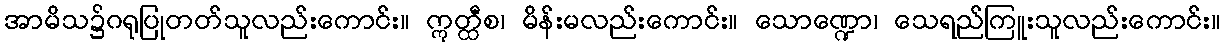
အာမိသ၌ဂရုပြုတတ်သူလည်းကောင်း။ ဣတ္ထီစ၊ မိန်းမလည်းကောင်း။ သောဏ္ဍော၊ သေရည်ကြူးသူလည်းကောင်း။